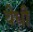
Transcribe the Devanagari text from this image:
वेधी